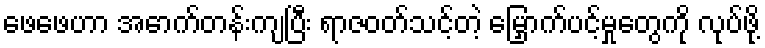
ဖေဖေဟာ အောက်တန်းကျပြီး ရာဇဝတ်သင့်တဲ့ မြှောက်ပင့်မှုတွေကို လုပ်ဖို့